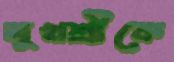
মুখশ্রীকে